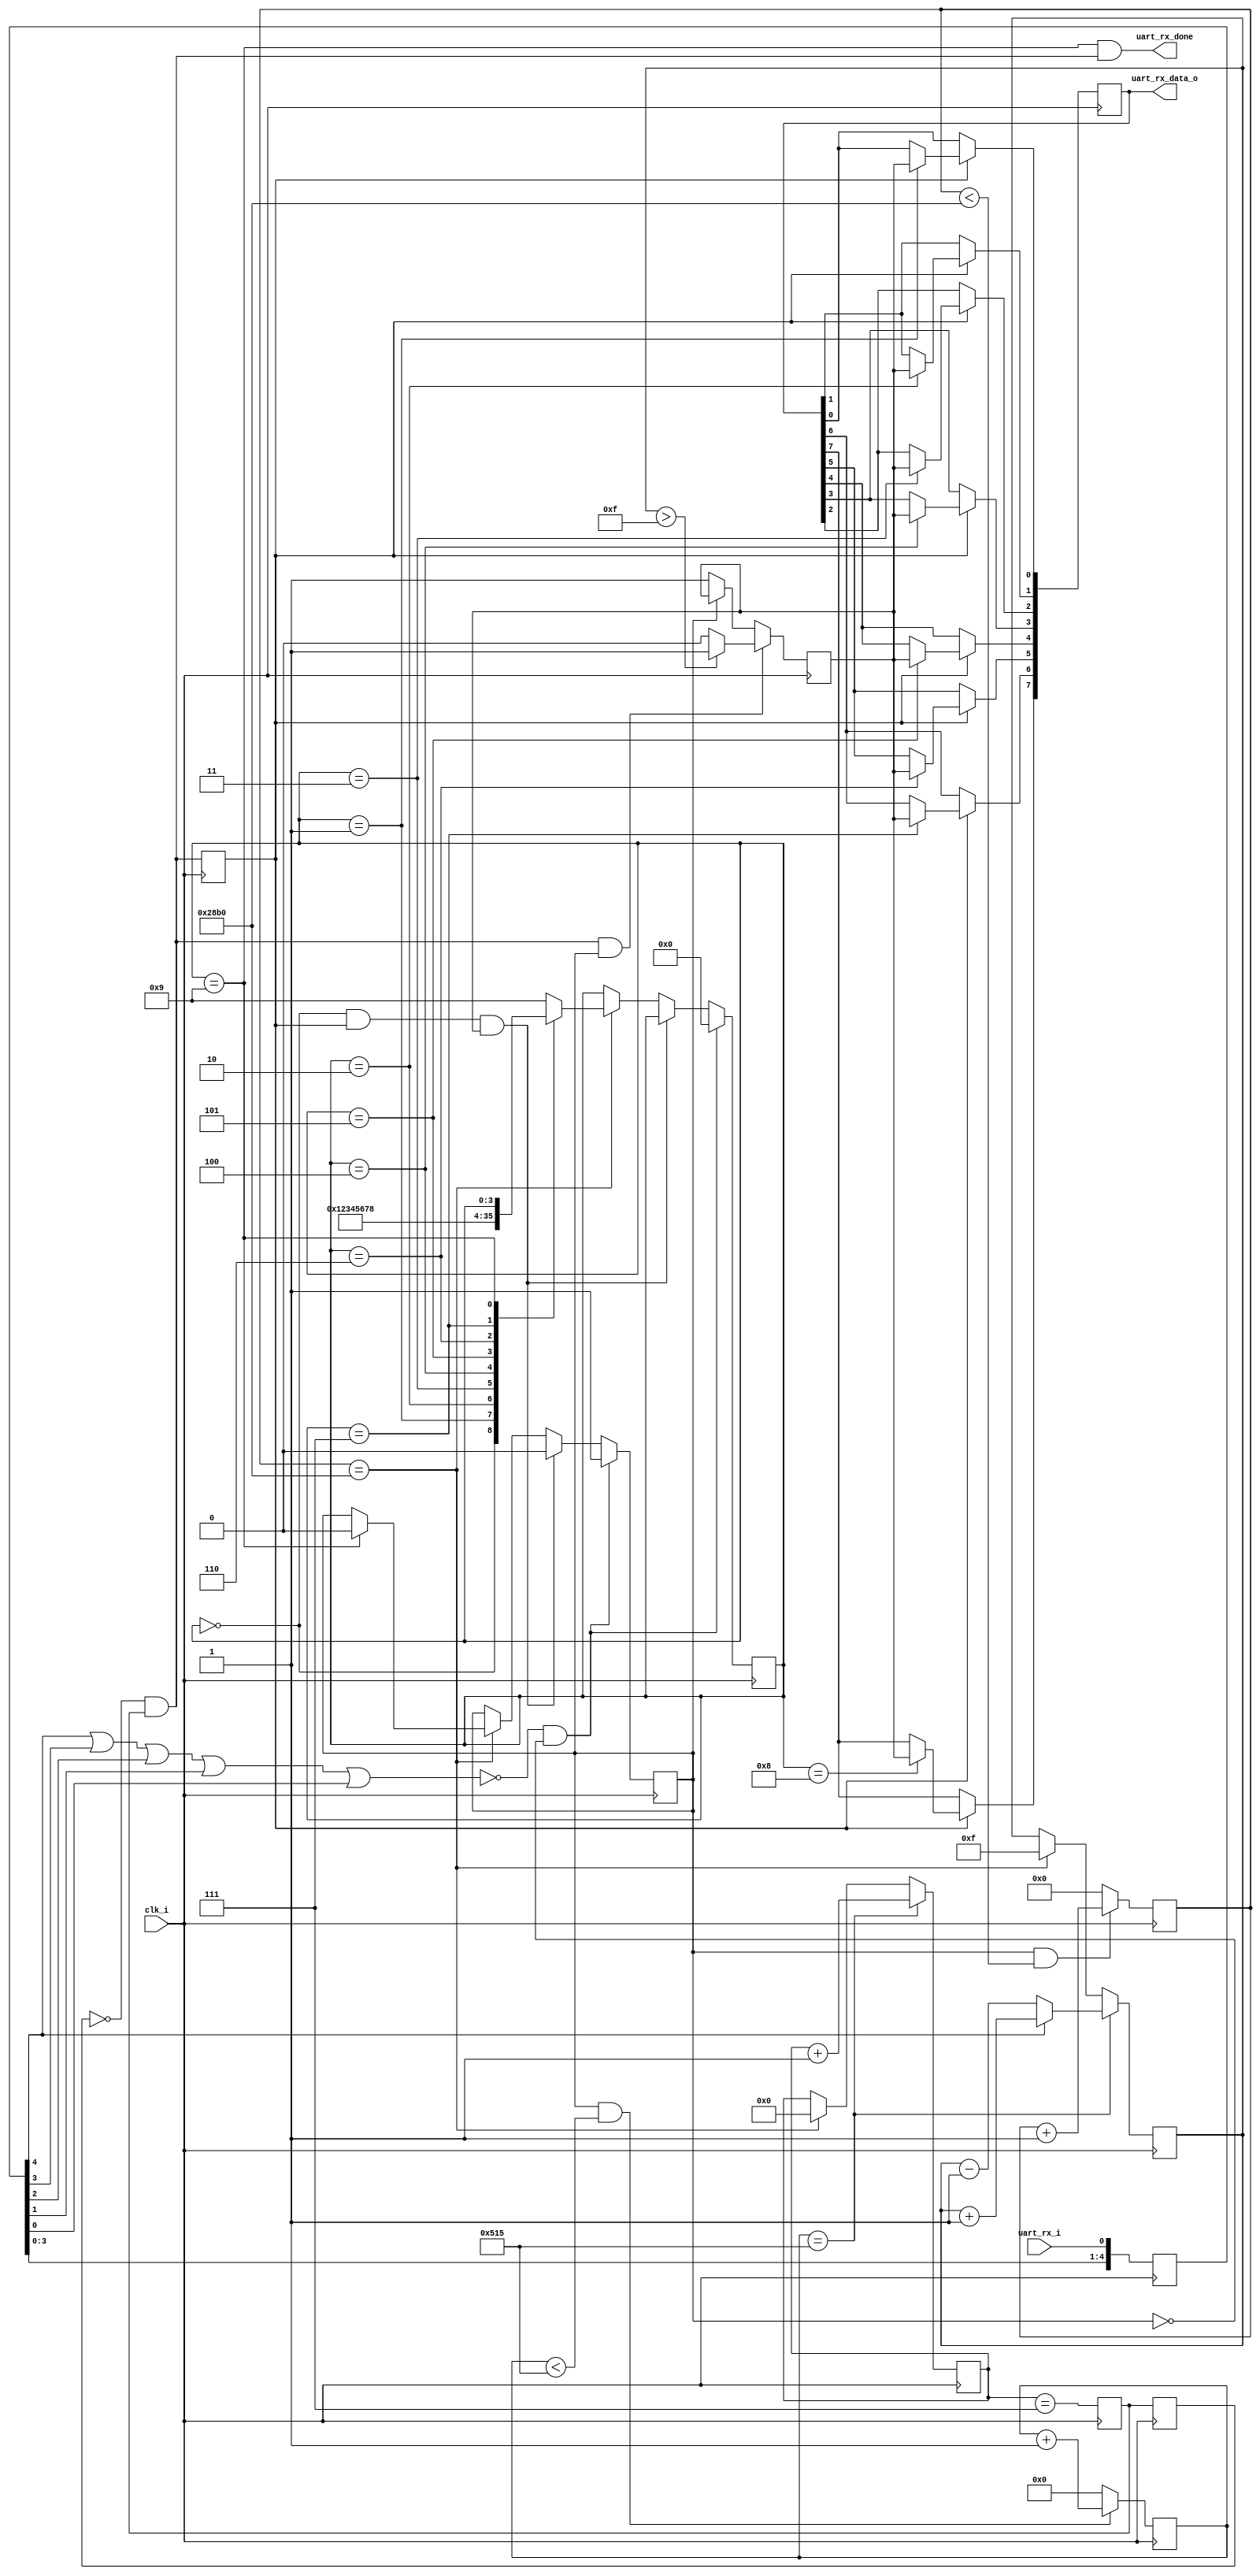
//uart_rx
module uart001_rx(
input clk_i,
input uart_rx_i,
output [7:0] uart_rx_data_o,
output uart_rx_done
);
parameter [13:0] BAUD_DIV = 14'd10416;//9600bps100Mhz/9600 - 1'b1=10416
parameter [12:0] BAUD_DIV_CAP = (BAUD_DIV/8 - 1'b1);//8 
reg [13:0] baud_div = 0; //
reg bps_start_en = 0; //
always@(posedge clk_i)begin
    if(bps_start_en && baud_div < BAUD_DIV)
        baud_div <= baud_div + 1'b1;
    else
        baud_div <= 14'd0;
end
reg [12:0] samp_cnt = 0;
always@(posedge clk_i)begin
    if(bps_start_en && samp_cnt < BAUD_DIV_CAP)
        samp_cnt <= samp_cnt + 1'b1;
    else
        samp_cnt <= 13'd0;
end
//
reg [4:0] uart_rx_i_r=5'b11111;
always@(posedge clk_i)
    uart_rx_i_r<={uart_rx_i_r[3:0],uart_rx_i};
//uart_rx_int=0 
wire uart_rx_int=uart_rx_i_r[4] | uart_rx_i_r[3] | uart_rx_i_r[2] | uart_rx_i_r[1] | uart_rx_i_r[0];
parameter START = 4'd0;
parameter BIT0 = 4'd1;
parameter BIT1 = 4'd2;
parameter BIT2 = 4'd3;
parameter BIT3 = 4'd4;
parameter BIT4 = 4'd5;
parameter BIT5 = 4'd6;
parameter BIT6 = 4'd7;
parameter BIT7 = 4'd8;
parameter STOP = 4'd9;
reg [3:0] RX_S = 4'd0;
wire bps_en = (baud_div == BAUD_DIV);
wire rx_start_fail;
always@(posedge clk_i)begin
    if(!uart_rx_int&&bps_start_en==1'b0) begin
        bps_start_en <= 1'b1;
        RX_S <= START;
    end
    else if(rx_start_fail)begin
        bps_start_en <= 1'b0;
    end
    else if(bps_en)begin
    case(RX_S)
    START:RX_S <= BIT0; //RX bit0
    BIT0: RX_S <= BIT1; //RX bit1
    BIT1: RX_S <= BIT2; //RX bit2
    BIT2: RX_S <= BIT3; //RX bit3
    BIT3: RX_S <= BIT4; //RX bit4
    BIT4: RX_S <= BIT5; //RX bit5
    BIT5: RX_S <= BIT6; //RX bit6
    BIT6: RX_S <= BIT7; //RX bit7
    BIT7: RX_S <= STOP; //RX STOP
    STOP: bps_start_en <= 1'b0;
    default: RX_S <= STOP;
    endcase
    end
end
//,samp_en 8 rx_tmp 15 1 
reg [4:0] rx_tmp = 5'd15;
reg [4:0] cap_cnt = 4'd0;
wire samp_en = (samp_cnt == BAUD_DIV_CAP);//
always@(posedge clk_i)begin
    if(samp_en)begin
        cap_cnt <= cap_cnt + 1'b1;
        rx_tmp <= uart_rx_i_r[4] ? rx_tmp + 1'b1 : rx_tmp - 1'b1;
    end
    else if(bps_en) begin //rx_tmp 15
        rx_tmp <= 5'd15;
        cap_cnt <= 4'd0;
    end
end
//7 ,16 116 0
reg cap_r = 1'b0;
wire cap_tmp = (cap_cnt == 3'd7);
reg ap_tmp_r = 1'b0;
reg ap_tmp_r1 = 1'b0;
wire cap_en = (!ap_tmp_r1&&ap_tmp_r);
reg cap_en_r = 1'b0;
always@(posedge clk_i)begin
    ap_tmp_r <= cap_tmp;
    ap_tmp_r1 <= ap_tmp_r;
    cap_en_r <= cap_en;
end
always@(posedge clk_i)begin
    if(cap_en&&bps_start_en)begin
        cap_r <= (rx_tmp > 5'd15) ? 1 : 0;
    end
    else if(!bps_start_en)begin
        cap_r <= 1'b1;
end
end
//
reg [7:0] rx = 8'd0;
reg start_bit = 1'b1;
always@(posedge clk_i)begin
    if(cap_en_r)begin
        case(RX_S)
            BIT0: rx[0] <= cap_r;
            BIT1: rx[1] <= cap_r;
            BIT2: rx[2] <= cap_r;
            BIT3: rx[3] <= cap_r;
            BIT4: rx[4] <= cap_r;
            BIT5: rx[5] <= cap_r;
            BIT6: rx[6] <= cap_r;
            BIT7: rx[7] <= cap_r;
        default: rx <= rx;
        endcase
    end
end
assign rx_start_fail = (RX_S == START)&&cap_en_r&&(cap_r == 1'b1);
assign uart_rx_done = (RX_S == STOP)&& cap_en;
assign uart_rx_data_o = rx;
endmodule